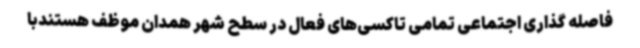
فاصله گذاری اجتماعی تمامی تاکسی‌های فعال در سطح شهر همدان موظف هستندبا